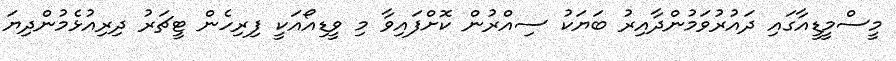
މީސްމީޑީއާގައި ދައުރުވަމުންދާއިރު ބަޔަކު ސިއްރުން ކޮށްފައިވާ މި ވީޑިއޯއަކީ ފިރިހެން ޓީޗަރު ދިރިއުޅެމުންދިޔަ